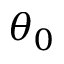
\theta _ { 0 }